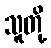
သူတို့